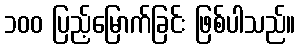
၁၀၀ ပြည့်မြောက်ခြင်း ဖြစ်ပါသည်။